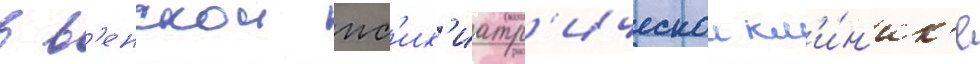
в в'енскои пс'их'иатр'ическои кл'и́н'ик'е